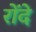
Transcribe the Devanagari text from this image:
रोंदे